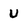
Character: U